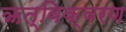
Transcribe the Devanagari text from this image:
ऋत्विक्वरण